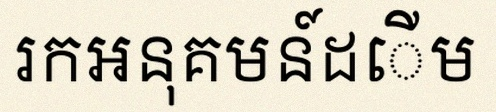
រកអនុគមន៍ដើម